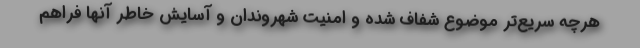
هرچه سریع‌تر موضوع شفاف شده و امنیت شهروندان و آسایش خاطر آنها فراهم